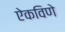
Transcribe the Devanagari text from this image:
ऐकविणे